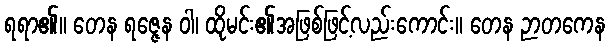
ရရာ၏။ တေန ရဇ္ဇေန ဝါ၊ ထိုမင်း၏အဖြစ်ဖြင့်လည်းကောင်း။ တေန ဉာတကေန